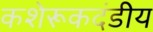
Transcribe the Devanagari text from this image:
कशेरूकदंडीय